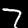
Label: 7